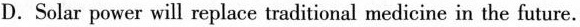
D.Solar power will replace traditional medicine in the future.